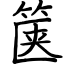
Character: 箧